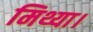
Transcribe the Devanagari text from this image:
मिथ्या।